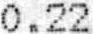
0.22